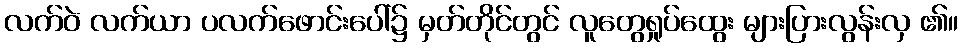
လက်ဝဲ လက်ယာ ပလက်ဖောင်းပေါ်၌ မှတ်တိုင်တွင် လူတွေရှုပ်ထွေး များပြားလွန်းလှ ၏။